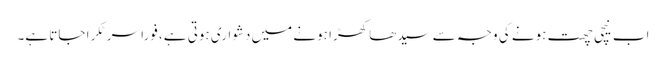
اب نیچی چھت ہونے کی وجہ سے سیدھا کھڑا ہونے میں دشواری ہوتی ہے، فوراً سر ٹکرا جاتا ہے۔